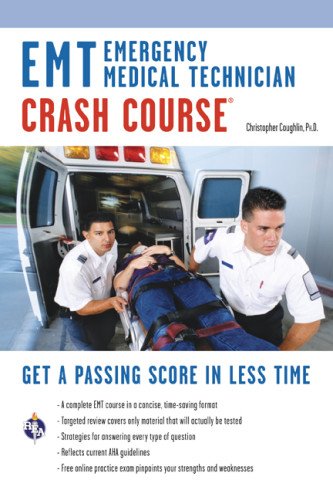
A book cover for EMT (Emergency Medical Technician) Crash Course Book + Online (EMT Test Preparation); Christopher Coughlin Ph.D.; Test Preparation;